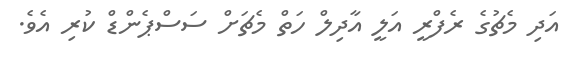
އަދި މެޗުގެ ރެފްރީ އަލީ އާދިލް ހަތް މެޗަށް ސަސްޕެންޑް ކުރި އެވެ.